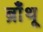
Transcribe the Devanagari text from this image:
ब्राँथू